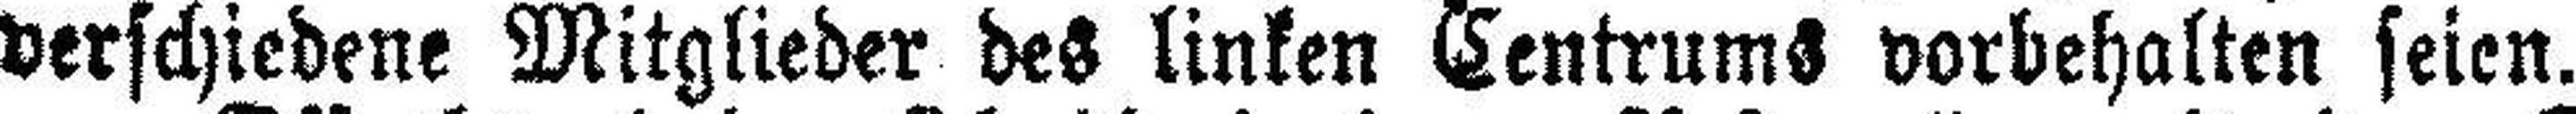
verschiedene Mitglieder des linken Centrums vorbehalten seien.